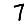
Digit: 7